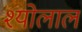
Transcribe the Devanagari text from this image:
श्योलाल